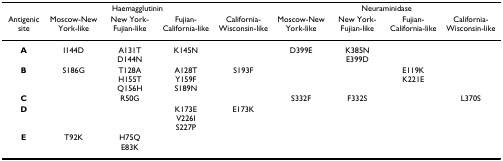
<table><thead><tr><td colspan="5"><b>Haemagglutinin</b></td><td colspan="4"><b>Neuraminidase</b></td></tr><tr><td><b>Antigenic site</b></td><td><b>Moscow-New York-like</b></td><td><b>New York-Fujian-like</b></td><td><b>Fujian-California-like</b></td><td><b>California-Wisconsin-like</b></td><td><b>Moscow-New York-like</b></td><td><b>New York-Fujian-like</b></td><td><b>Fujian-California-like</b></td><td><b>California-Wisconsin-like</b></td></tr></thead><tbody><tr><td><b>A</b></td><td>I144D</td><td>A131T D144N</td><td>K145N</td><td></td><td>D399E</td><td>K385N E399D</td><td></td><td></td></tr><tr><td><b>B</b></td><td>S186G</td><td>T128AH155TQ156H</td><td>A128TY159FS189N</td><td>S193F</td><td></td><td></td><td>E119KK221E</td><td></td></tr><tr><td><b>C</b></td><td></td><td>R50G</td><td></td><td></td><td>S332F</td><td>F332S</td><td></td><td>L370S</td></tr><tr><td><b>D</b></td><td></td><td></td><td>K173EV226IS227P</td><td>E173K</td><td></td><td></td><td></td><td></td></tr><tr><td><b>E</b></td><td>T92K</td><td>H75QE83K</td><td></td><td></td><td></td><td></td><td></td><td></td></tr></tbody></table>